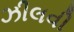
ઝીલવી